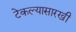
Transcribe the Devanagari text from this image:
टेकल्यासारखी